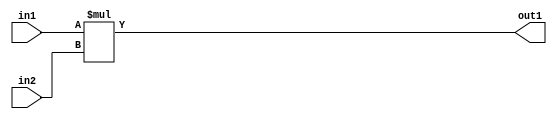
`timescale 1ps / 1ps
/*****************************************************************************
    Verilog RTL Description
    
    
    Created by: Stratus DpOpt 2019.1.01 
*******************************************************************************/

module st_feature_addr_gen_Mul_16Ux16U_16U_4 (
	in2,
	in1,
	out1
	); /* architecture "behavioural" */ 
input [15:0] in2,
	in1;
output [15:0] out1;
wire [15:0] asc001;

assign asc001 = 
	+(in1 * in2);

assign out1 = asc001;
endmodule

/* CADENCE  ubHxSQA= : u9/ySgnWtBlWxVPRXgAZ4Og= ** DO NOT EDIT THIS LINE ******/